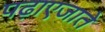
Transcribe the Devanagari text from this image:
पढ़ाएजाते